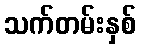
သက်တမ်းနှစ်